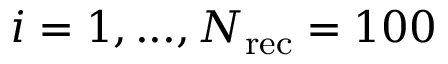
i = 1 , . . . , N _ { \mathrm { r e c } } = 1 0 0